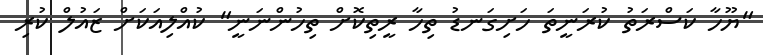
"ޔޫހާ ކަސްރަތު ކުރަނީތަ ހަށިގަނޑު ތިހާ ރީތިކޮށް ތިހުންނަނީ" ކުއްލިއަކަށް ޒައުލް ކުރި